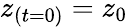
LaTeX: z_{(t=0)}=z_{0}